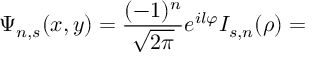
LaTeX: \Psi _ { n , s } ( x , y ) = \frac { ( - 1 ) ^ { n } } { \sqrt { 2 \pi } } e ^ { i l \varphi } I _ { s , n } ( \rho ) =